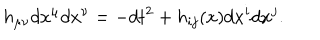
h _ { \mu \nu } d x ^ { \mu } d x ^ { \nu } = - d t ^ { 2 } + h _ { i j } ( x ) d x ^ { i } d x ^ { j } .